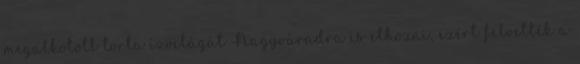
megalkotott torta ízvilágát Nagyváradra is elhozni, ezért felvették a